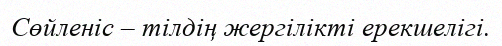
Сөйленіс – тілдің жергілікті ерекшелігі.